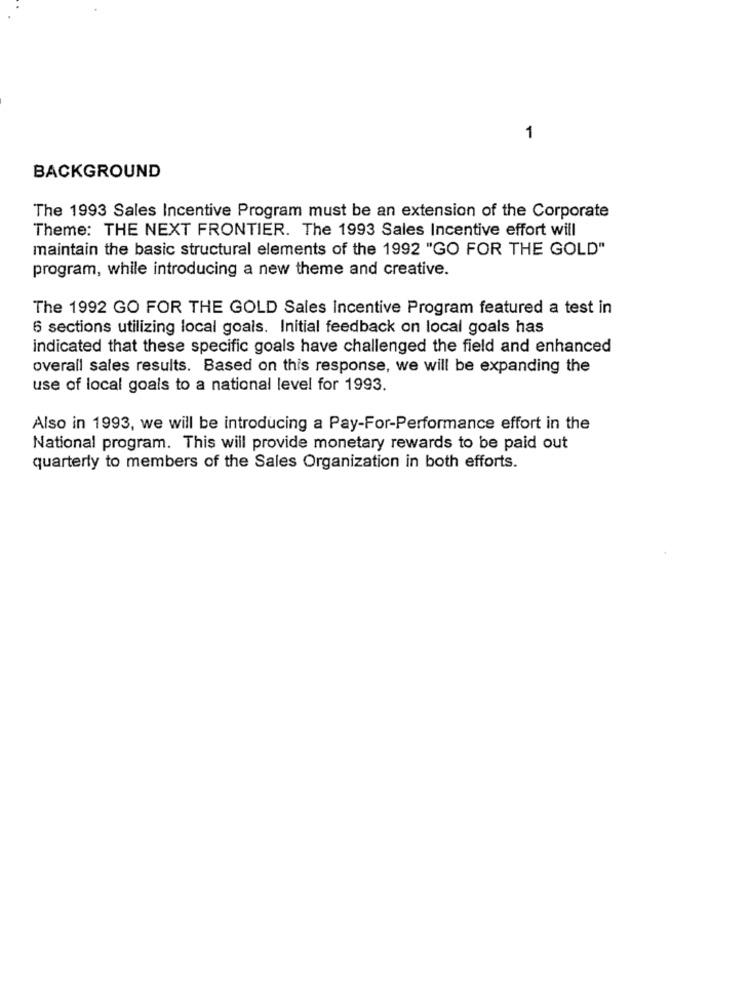
1
BACKGROUND
The 1993 Sales Incentive Program must be an extension of the Corporate
Theme: THE NEXT FRONTIER. The 1993 Sales Incentive effort will
maintain the basic structural elements of the 1992 "GO FOR THE GOLD"
program, while introducing a new theme and creative.
The 1992 GO FOR THE GOLD Sales Incentive Program featured a test in
6 sections utilizing local goals. Initial feedback on local goals has
indicated that these specific goals have challenged the field and enhanced
overall sales results. Based on this response, we will be expanding the
use of local goals to a national level for 1993.
Also in 1993, we will be introducing a Pay-For-Performance effort in the
National program. This will provide monetary rewards to be paid out
quarterly to members of the Sales Organization in both efforts.